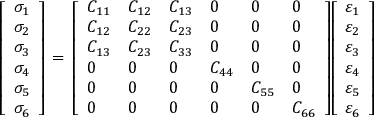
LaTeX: { \left[ \begin{array} { l } { \sigma _ { 1 } } \\ { \sigma _ { 2 } } \\ { \sigma _ { 3 } } \\ { \sigma _ { 4 } } \\ { \sigma _ { 5 } } \\ { \sigma _ { 6 } } \end{array} \right] } \, = \, { \left[ \begin{array} { l l l l l l } { C _ { 1 1 } } & { C _ { 1 2 } } & { C _ { 1 3 } } & { 0 } & { 0 } & { 0 } \\ { C _ { 1 2 } } & { C _ { 2 2 } } & { C _ { 2 3 } } & { 0 } & { 0 } & { 0 } \\ { C _ { 1 3 } } & { C _ { 2 3 } } & { C _ { 3 3 } } & { 0 } & { 0 } & { 0 } \\ { 0 } & { 0 } & { 0 } & { C _ { 4 4 } } & { 0 } & { 0 } \\ { 0 } & { 0 } & { 0 } & { 0 } & { C _ { 5 5 } } & { 0 } \\ { 0 } & { 0 } & { 0 } & { 0 } & { 0 } & { C _ { 6 6 } } \end{array} \right] } { \left[ \begin{array} { l } { \varepsilon _ { 1 } } \\ { \varepsilon _ { 2 } } \\ { \varepsilon _ { 3 } } \\ { \varepsilon _ { 4 } } \\ { \varepsilon _ { 5 } } \\ { \varepsilon _ { 6 } } \end{array} \right] }